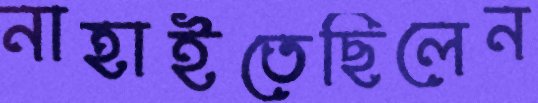
নাহাইতেছিলেন